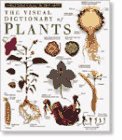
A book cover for Plants (DK Visual Dictionaries); DK Publishing; Teen & Young Adult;